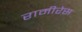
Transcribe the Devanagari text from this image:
रामीरेस